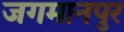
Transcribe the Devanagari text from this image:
जगमानपुर